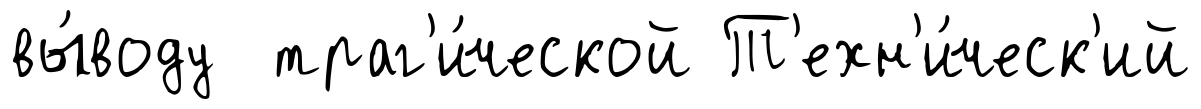
вы́воду траг'и́ческой Т'ехн'и́ческ'ий